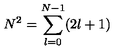
N ^ { 2 } = \sum _ { l = 0 } ^ { N - 1 } ( 2 l + 1 )